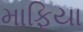
માફિયા